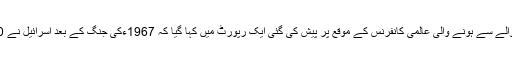
غیرملکی خبررساں ادارے کے مطابق برسلز میں فلسطینی اسیران کے حوالے سے ہونے والی عالمی کانفرنس کے موقع پر پیش کی گئی ایک رپورٹ میں کہا گیا کہ 1967ءکی جنگ کے بعد اسرائیل نے 50 ہزار فلسطینی بچوں کو گرفتار کرنے کے بعد انہیں جیلوں میں قید کیا۔